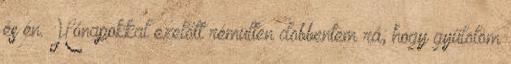
és én. Hónapokkal ezelőtt rémülten döbbentem rá, hogy gyűlölöm